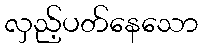
လှည့်ပတ်နေသော